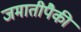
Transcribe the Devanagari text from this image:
जमातीपैकी